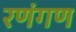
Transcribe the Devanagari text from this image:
रणंगण